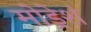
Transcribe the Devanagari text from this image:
मोड्रेशं